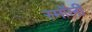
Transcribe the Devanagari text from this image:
स्माॅली